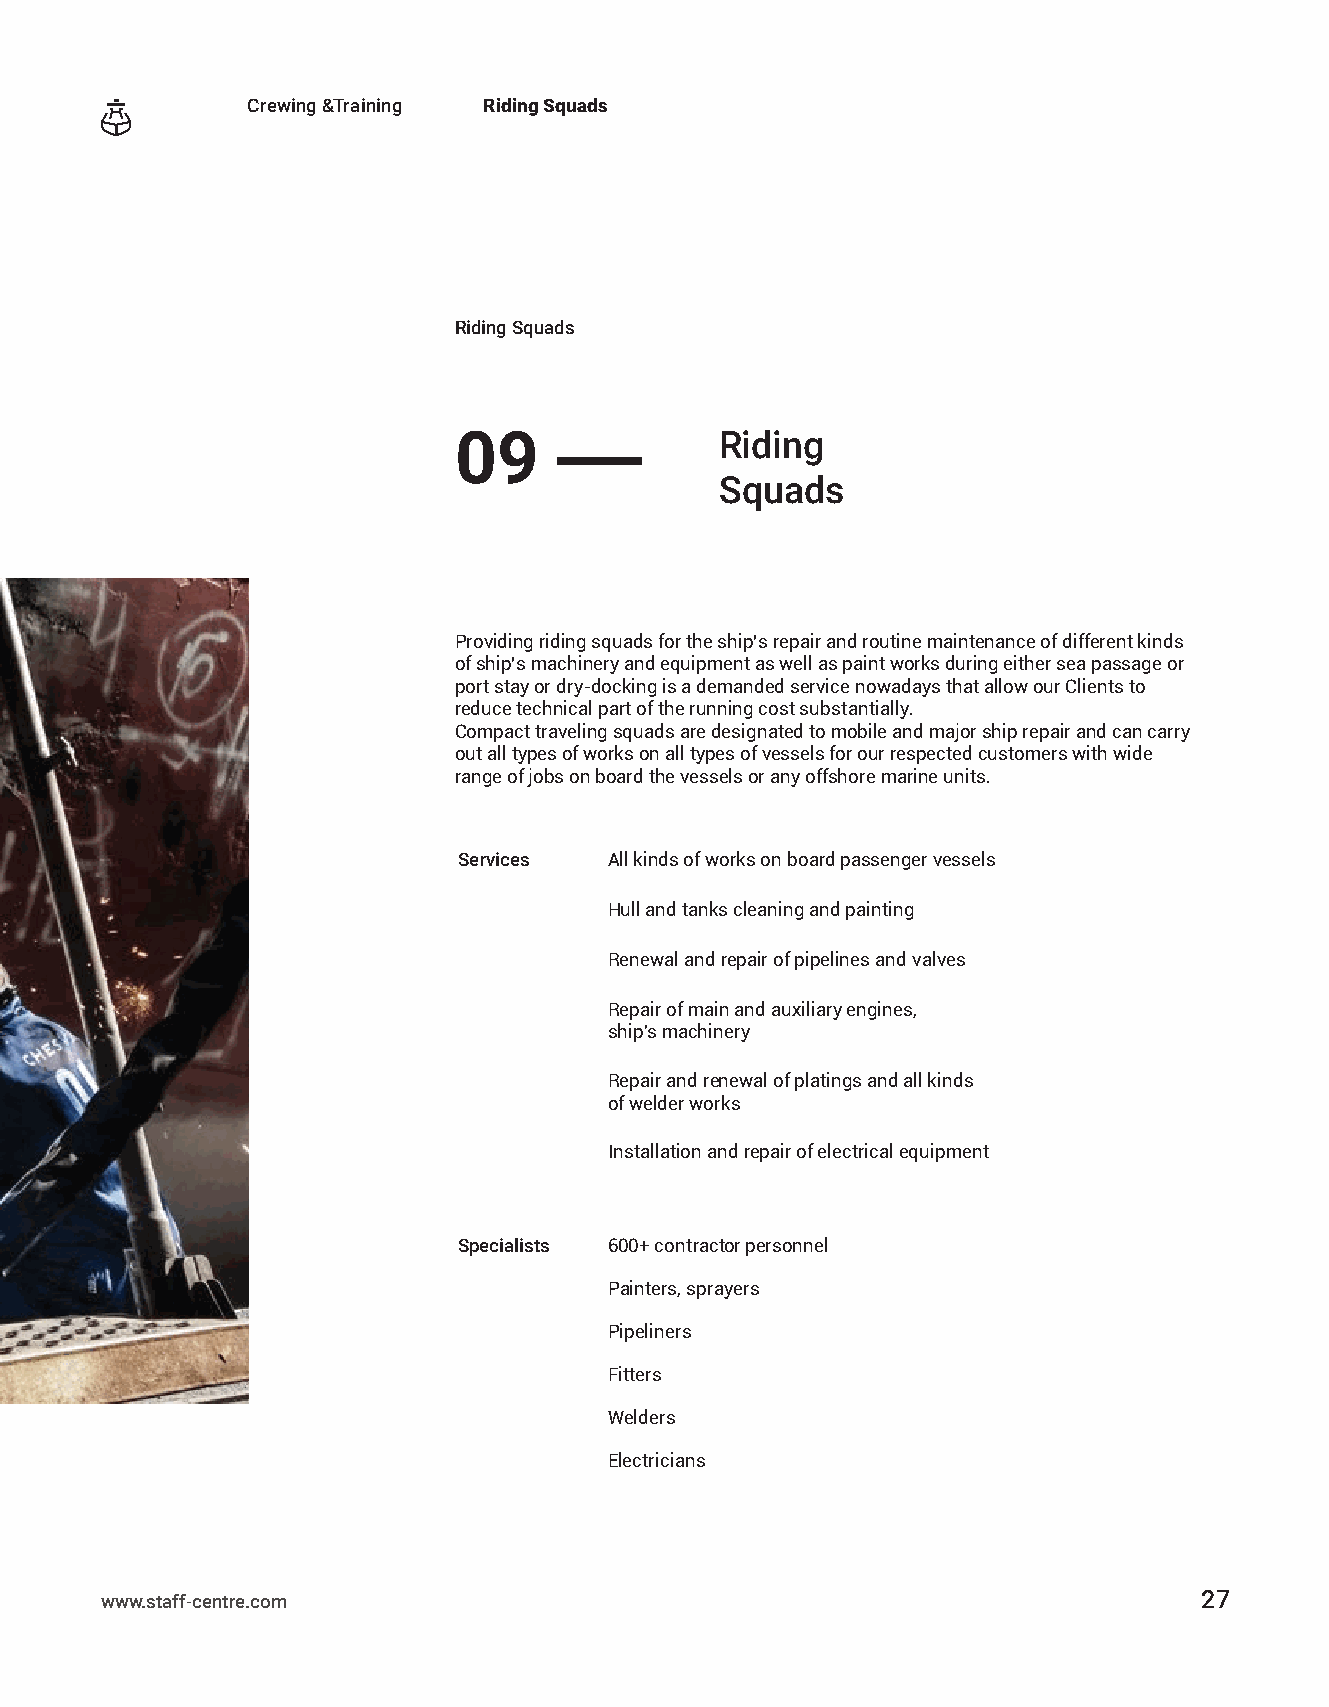
Crewing &Training Riding Squads
 Riding Squads
 09                Riding
 ——
 Squads
 Providing riding squads for the ship’s repair and routine maintenance of different kinds
 of ship’s machinery and equipment as well as paint works during either sea passage or
 port stay or dry-docking is a demanded service nowadays that allow our Clients to
 reduce technical part of the running cost substantially.
 Compact traveling squads are designated to mobile and major ship repair and can carry
 out all types of works on all types of vessels for our respected customers with wide
 range of jobs on board the vessels or any offshore marine units.
 Services  All kinds of works on board passenger vessels
 Hull and tanks cleaning and painting
 Renewal and repair of pipelines and valves
 Repair of main and auxiliary engines,
 ship's machinery
 Repair and renewal of platings and all kinds
 of welder works
 Installation and repair of electrical equipment
 Specialists 600+ contractor personnel
 Painters, sprayers
 Pipeliners
 Fitters
 Welders
 Electricians
 www.staff-centre.com                                                     27